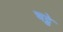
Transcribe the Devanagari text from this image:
चट्ठे